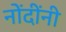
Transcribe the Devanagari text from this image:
नोंदींनी